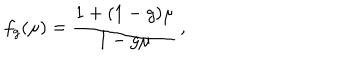
f _ { g } ( \mu ) = \frac { 1 + ( 1 - g ) \mu } { 1 - g \mu } \, ,